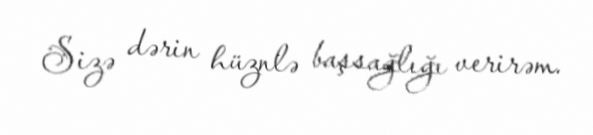
Sizə dərin hüznlə başsağlığı verirəm.